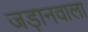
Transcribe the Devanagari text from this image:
जड़ानवाला